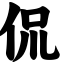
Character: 侃